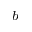
^ b